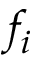
f _ { i }